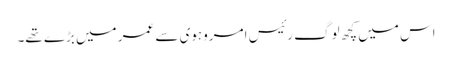
اس میں کچھ لوگ رئیس امروہوی سے عمر میں بڑے تھے۔